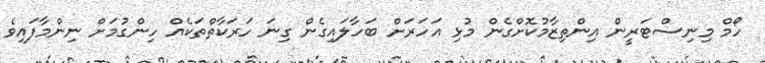
ހޯމް މިނިސްޓަރީން އިންތިޒާމުކޮށްގެން މުޅި އަހަރަށް ބަހާލައިގެން ގިނަ ހަރަކާތްތަކެއް ހިންގުމަށް ނިންމާފައިވެ